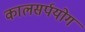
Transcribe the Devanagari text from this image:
कालसर्पयोग